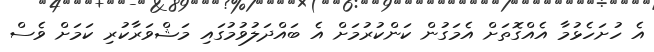
އެ ހުށަހެޅުމާ އެއްގޮތަށް އެމަގުން ކަންކުރުމަށް އެ ބައްދަލުވުމުގައި މަޝްވަރާކުރި ކަމަށް ވެސް